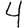
Digit: 4